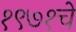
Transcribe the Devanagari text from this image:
१९७१चे